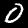
Label: 0